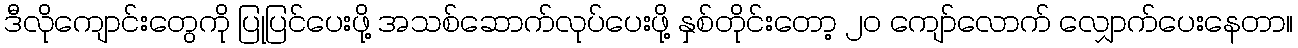
ဒီလိုကျောင်းတွေကို ပြုပြင်ပေးဖို့ အသစ်ဆောက်လုပ်ပေးဖို့ နှစ်တိုင်းတော့ ၂၀ ကျော်လောက် လျှောက်ပေးနေတာ။